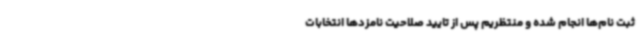
ثبت نام‌ها انجام شده و منتظریم پس از تایید صلاحیت نامزدها انتخابات